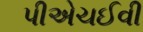
પીએચઈવી